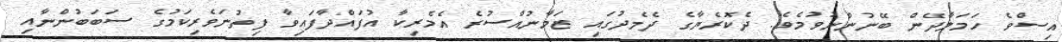
އިސްވެ ހަމަލާދޭން ބޭނުންނުވުމެވެ. ދެކޮރެޔާގެ ދެމެދުގައި ޒަމާނުއްސުރެ އެމެރިކާ އުފައްދާފައިވާ ފިތުނަވެރިކަމުގެ ސަބަބުންނާއި